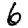
Digit: 6